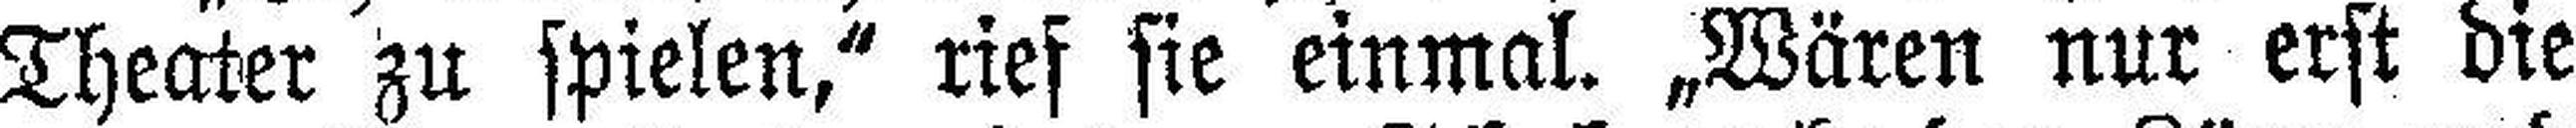
Theater zu spielen,“ rief sie einmal. „Wären nur erst die